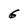
Character: 6